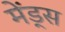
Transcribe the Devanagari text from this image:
मेंड्स